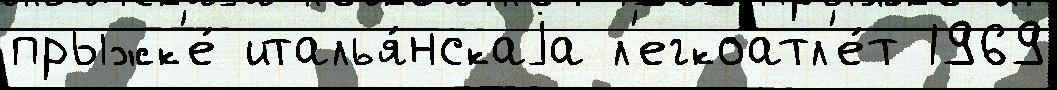
прыжк'е́ италья́нскаjа л'егкоатл'е́т 1969